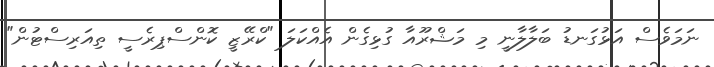
ނަމަވެސް އަޅުގަނޑު ބަލާލާނީ މި މަޝްރޫއާ ގުޅިގެން އެއްކަލަ "ކްރޭޒީ ކޮންސްޕިރެސީ ތިއަރިސްޓުން"